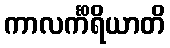
ကာလင်္ကိရိယာတိ